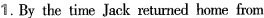
1. By the time Jack returned home from